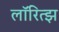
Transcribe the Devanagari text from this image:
लॉरित्झ